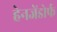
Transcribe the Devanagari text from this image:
हेनजेंडोर्फ